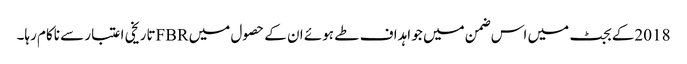
2018کے بجٹ میں اس ضمن میں جو اہداف طے ہوئے ان کے حصول میں FBRتاریخی اعتبار سے ناکام رہا۔